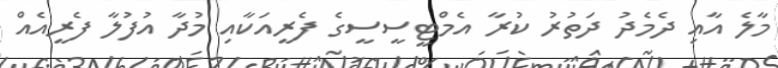
މާލެ އާއި ދެމެދު ދަތުރު ކުރާ އެމްޓީސީސީގެ ފެރީއަކާއި މުދާ އުފުލާ ފެރީއެއް